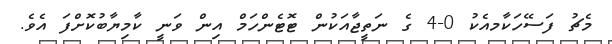
މެޗު ފަސޭހަކާމއެކު 0-4 ގެ ނަތީޖާއަކުން ޓޮޓެންހަމް އިން ވަނީ ކާމިޔާބުކޮށްފަ އެވެ.